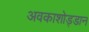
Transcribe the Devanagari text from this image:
अवकाशोड्डान